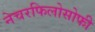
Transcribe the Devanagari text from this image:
नेचरफिलोसोफी